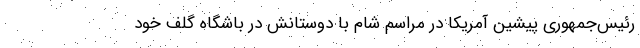
رئیس‌جمهوری پیشین آمریکا در مراسم شام با دوستانش در باشگاه گلف خود